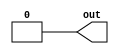
//2022/09/22 
//GND
module top_module (
    output out);

assign out = 1'b0;

endmodule